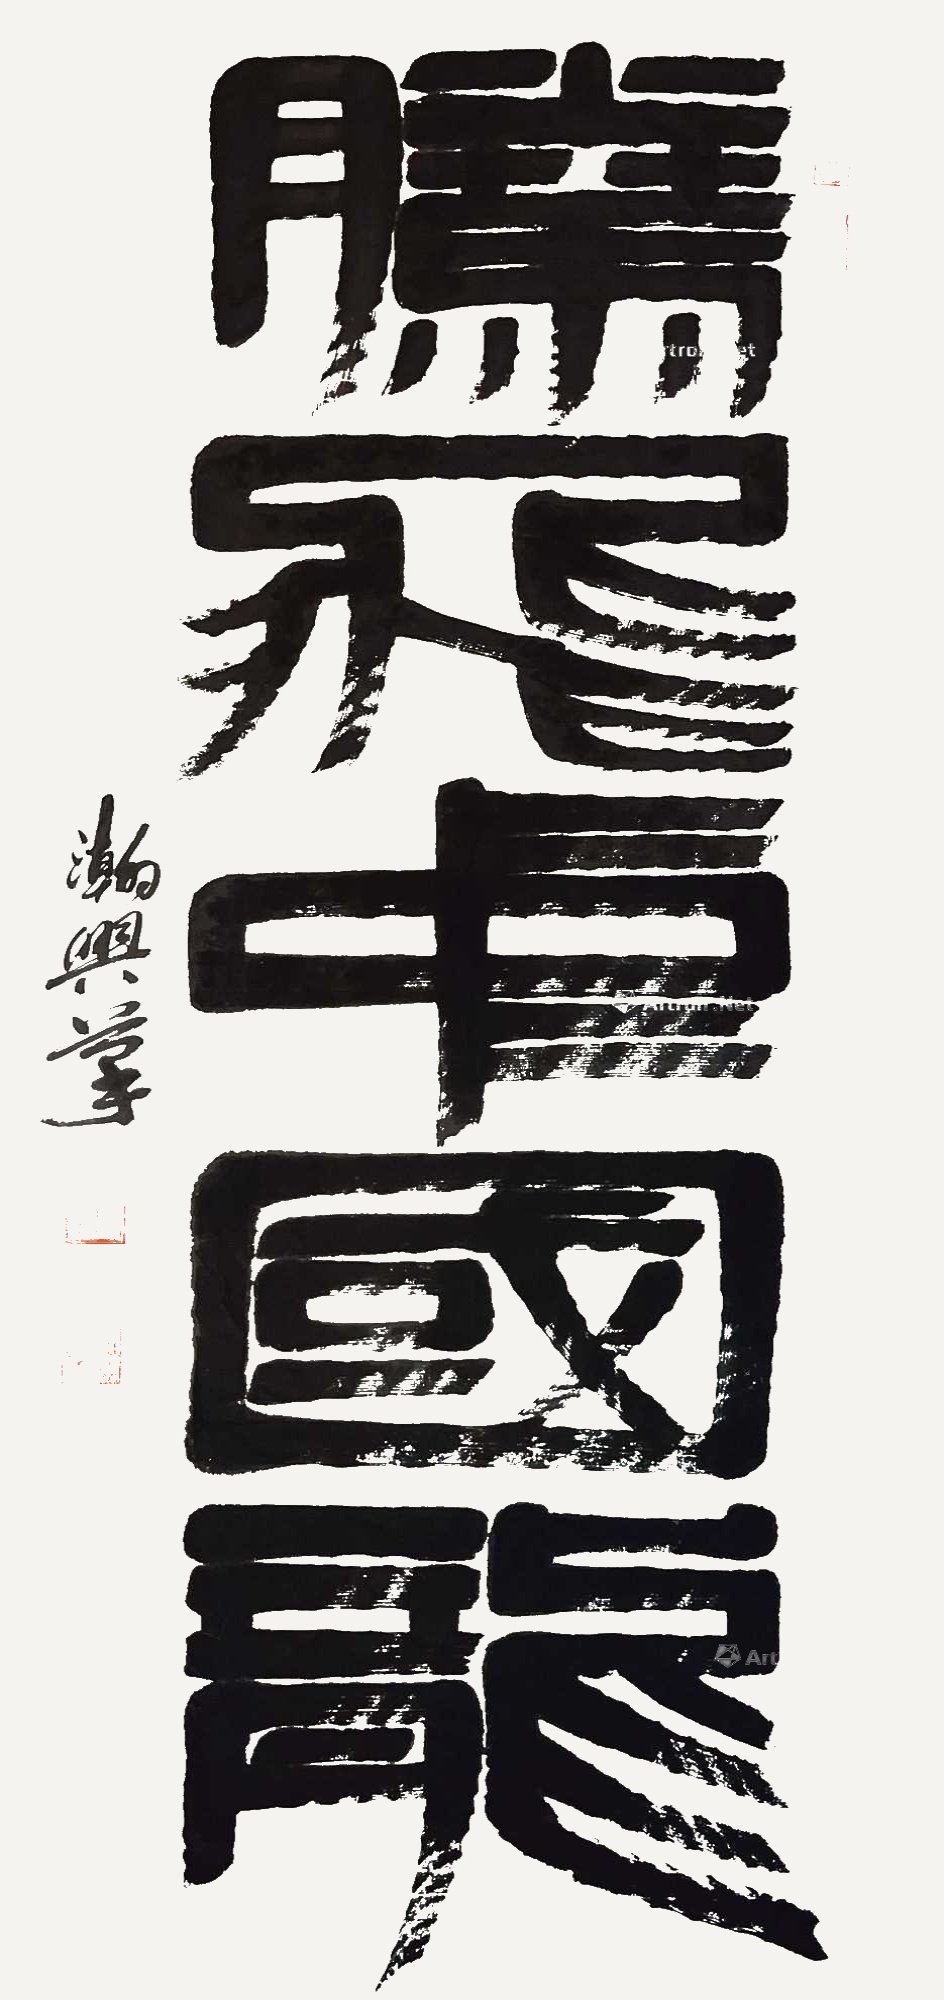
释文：腾飞中国龙黄瀚兴